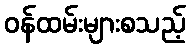
ဝန်ထမ်းများစသည့်